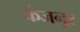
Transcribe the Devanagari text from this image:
कंजनूर